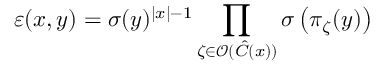
\varepsilon ( x , y ) = \sigma ( y ) ^ { \left| x \right| - 1 } \prod _ { \zeta \in \mathcal { O } ( \hat { C } ( x ) ) } \sigma \left( \pi _ { \zeta } ( y ) \right)